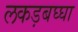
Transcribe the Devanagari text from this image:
लकड़बघ्घा